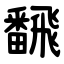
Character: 飜